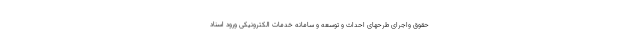
حقوق واجرای طرحهای احداث و توسعه و سامانه خدمات الکترونیکی ورود اسناد